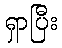
ရှာပြီး